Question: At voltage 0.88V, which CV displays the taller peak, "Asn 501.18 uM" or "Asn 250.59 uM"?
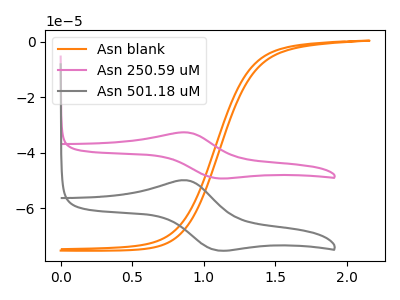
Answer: <think>The orange curve "Asn blank" has no peaks. The pink curve "Asn 250.59 uM" has an anodic peak at (0.90V, -32.70uA) and a cathodic peak at (1.10V, -49.25uA). The gray curve "Asn 501.18 uM" has an anodic peak at (0.90V, -50.00uA) and a cathodic peak at (1.10V, -75.25uA).</think>
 <answer>The peak at 0.88V is lower in "Asn 501.18 uM" than in "Asn 250.59 uM".</answer>
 <eval>lower</eval>